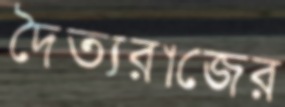
দৈত্যরাজের